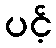
ပင့်